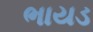
ભાયડ